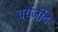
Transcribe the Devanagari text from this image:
वर्यजीद